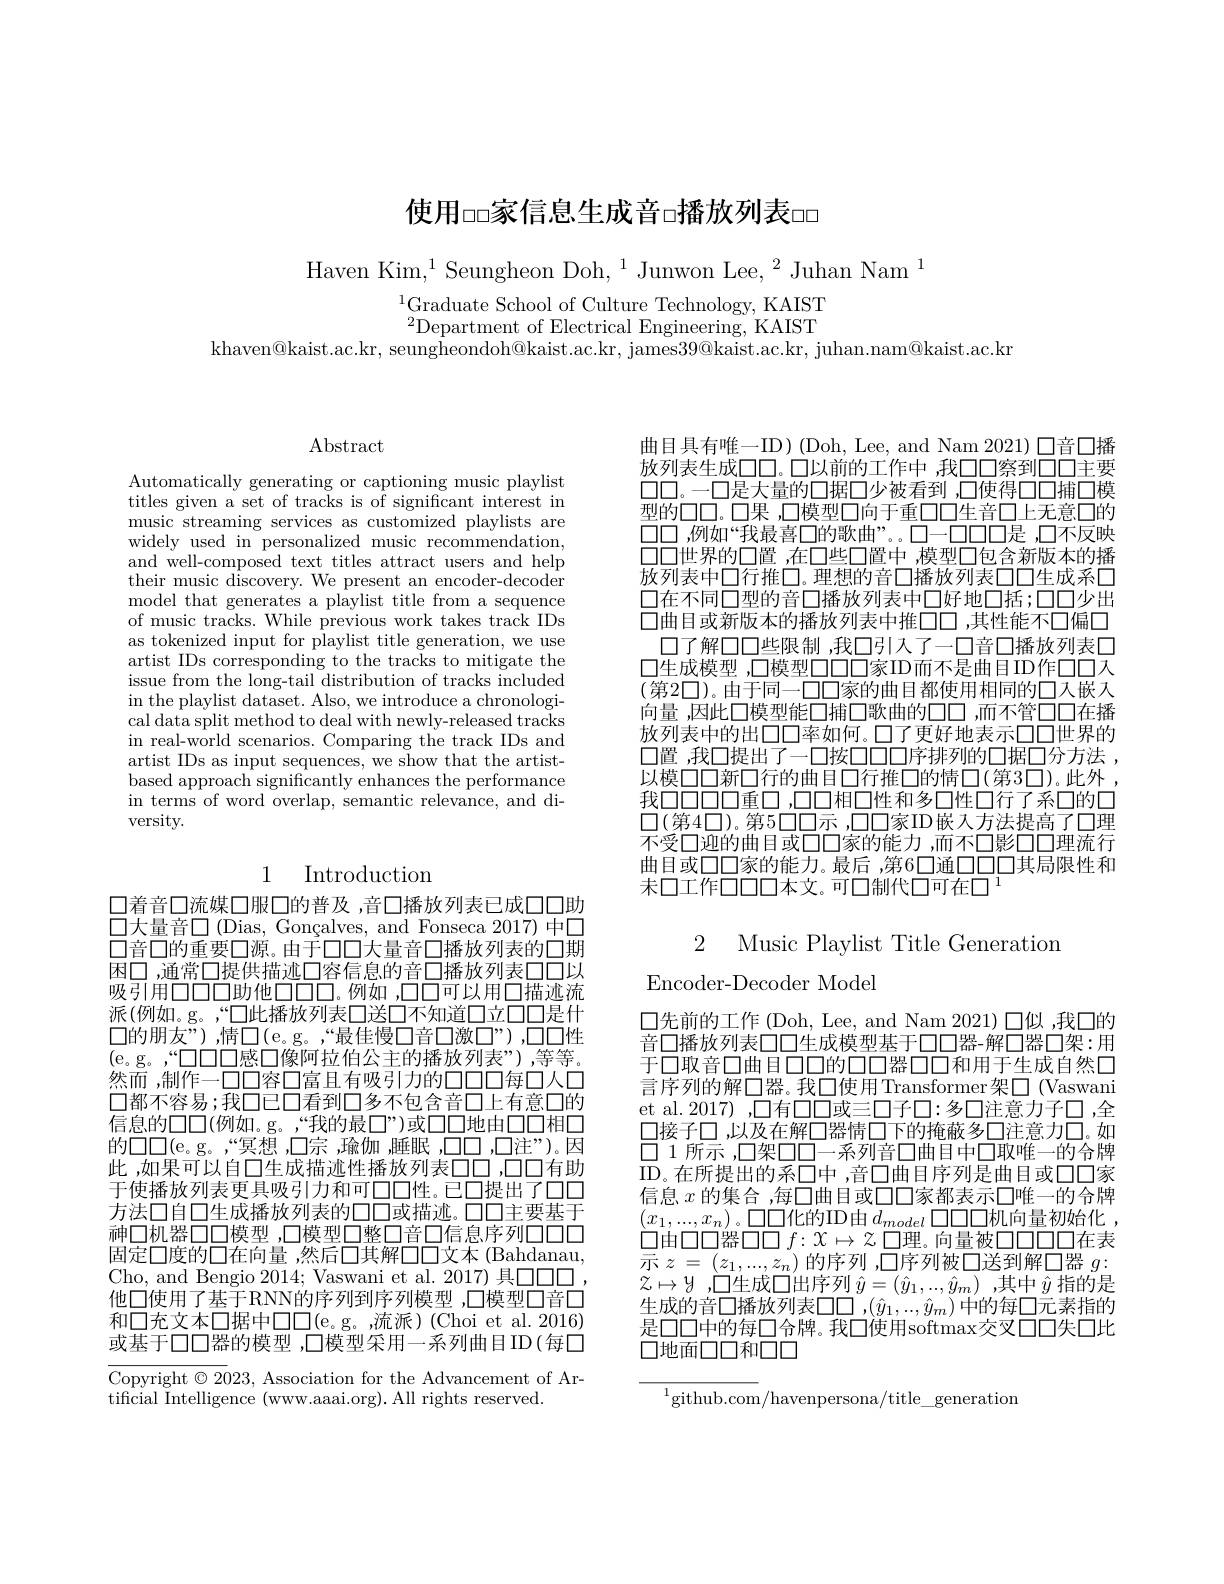
# 使用□□家信息生成音□播放列表□□

Haven Kim,$^1$Seungheon Doh,$^1$Junwon Lee,$^2\text{Juhan Nam}^{1}$

$^{1}$Graduate School of Culture Technology, KAIST $^{2}$Department of Electrical Engineering, KAIST
khaven@kaist.ac.kr, seungheondoh@kaist.ac.kr, james$39@$kaist.ac.kr, juhan.nam@kaist.ac.kr

$\operatorname{Abstract}$

Automatically generating or captioning music playlist titles given a set of tracks is of significant interest in music streaming services as customized playlists are widely used in personalized music recommendation, and well-composed text titles attract users and help their music discovery. We present an encoder-decoder model that generates a playlist title from a sequence of music tracks. While previous work takes track IDs as tokenized input for playlist title generation, we use artist IDs corresponding to the tracks to mitigate the issue from the long-tail distribution of tracks included in the playlist dataset. Also, we introduce a chronological data split method to deal with newly-released tracks in real-world scenarios. Comparing the track IDs and artist IDs as input sequences, we show that the artistbased approach significantly enhances the performance in terms of word overlap, semantic relevance, and diversity.

## 1 Introduction

口着音口流媒口服口的普及，音口播放列表已成口口助$\square$大量音$\square$ (Dias, Gonçalves, and Fonseca 2017) 中口口音口的重要口源。由于口口大量音口播放列表的口期困口，通常口提供描迹口容信息的音□播放列表口口以吸引用口口口口助他口口口。例如 ,口口可以用口描迹流派(例如。g。,“□此播放列表口送口不知道口立口口是什$\square$的朋友”),情$\square($e。g。“最佳慢口音口激口”),口口性(e。g。,“口口口感口像阿拉伯公主的播放列表”),等等。然而，制作一口口容口富且有吸引力的口口口每口人口口都不容易；我口已口看到口多不包含音口上有意口的信息的口口(例如。g。“我的最口”)或口口地由口口相口的口口(e。g。,“冥想，$\square 宗，瑜伽，睡眠，口口，口注”)。因$ 此 ,如果可以自口生成描迹性播放列表口口 ,口口有助于使播放列表更具吸引力和可口口性。已口提出了口口方法口自口生成播放列表的口口或描迹。口口主要基于神口机器口口模型 ,口模型口整口音口信息序列口口口固定口度的口在向量 ,然后口其解口口文本 (Bahdanau, Cho, and Bengio 2014; Vaswani et al. 2017) 具口口口他口使用了基于RNN的序列到序列模型 ,口模型口音口和口充文本口据中口口(e。g。,流派)(Choi et al.2016) 或基于口口器的模型 ,口模型采用一系列曲目ID(每口

Copyright $\odot2023$, Association for the Advancement of Ar-
tificial Intelligence (www.aaai.org). All rights reserved.

曲目具有唯一ID) (Doh, Lee, and Nam 2021) 口音口播放列表生成口口。口以前的工作中，我口口察到口口主要$\square\square。—\square$是大量的口据口少被看到 ,口使得口口捕口模型的口口。口果 ,口模型口向于重口口生音口上无意口的口口世界的口置 ,在口些口置中 ,模型口包含新版本的播放列表中口行推口。理想的音口播放列表口口生成系口口在不同口型的音口播放列表中口好地口括；口口少出口曲目或新版本的播放列表中推口口 ,其性能不口偏口
口了解口口些限制 ,我口引入了一口音口播放列表口口生成模型 ,口模型口口口家ID而不是曲目ID作口口人(第2口)。由于同一口口家的曲目都使用相同的口人嵌入向量 ,因此口模型能口捕口歌曲的口口 ,而不管口口在播放列表中的出口口率如何。口了更好地表示口口世界的口置 ,我口提出了一口按口口口序排列的口据口分方法 , 以模口口新口行的曲目口行推口的情口(第3口)。此外， 我口口口口重口，口口相口性和多口性口行了系口的口$\square(第4\square)。第5\square\square 示，\square\square$家ID嵌入方法提高了口理不受口迎的曲目或口口家的能力 ,而不口影口口理流行曲目或口口家的能力。最后，第6口通口口口其局限性和未口工作口口口本文。可口制代口可在口$^{1}$

2 Music Playlist Title Generation

Encoder-Decoder Model

$\square$先前的工作(Doh, Lee, and Nam 2021) 口似 ,我口的音□播放列表口口生成模型基于口口器-解口器口架：用于口取音口曲目口口的口口器口口和用于生成自然口言序列的解口器。我□使用 Transformer架□(Vaswani et al.2017) ,口有口口或三口子口：多口注意力子口 ,全口接子口，以及在解口器情口下的掩蔽多口注意力口。如口 1 所示 ,口架口口—系列音口曲目中口取唯一的合牌ID。在所提出的系口中，音$\square$曲目序列是曲目或口口家信息$x$的集合 ,每口曲目或口口家都表示口唯一的合牌$(x_1,...,x_n)$。口口化的ID由$d_model$ 口口机向量初始化 , 口由口口器口口$f:x\mapsto z$ 口理。向量被口口口口在表示$z=(z_1,...,z_n)$的序列 ,口序列被口送到解口器$g:$ $z\mapsto y$ ,口生成口出序列$\hat{y}=(\hat{y}_1,..,\hat{y}_m)$ ,其中$\hat{y}$指的是生成的音口播放列表口口，$(\hat{y}_1,..,\hat{y}_m)$中的每口元素指的是口口中的每口合牌。我口使用softmax交叉口口失口比口地面口口和口口

$^{1}$github.com/havenpersona/title\_generation